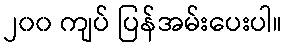
၂၀၀ ကျပ် ပြန်အမ်းပေးပါ။